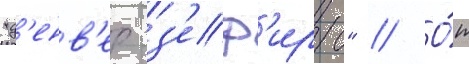
"д'енв'ер з'еф'ирс" // О́т